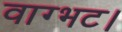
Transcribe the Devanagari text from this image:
वाग्भट।